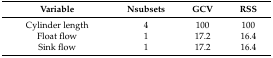
<table><thead><tr><td><b>Variable</b></td><td><b>Nsubsets</b></td><td><b>GCV</b></td><td><b>RSS</b></td></tr></thead><tbody><tr><td>Cylinder length</td><td>4</td><td>100</td><td>100</td></tr><tr><td>Float flow</td><td>1</td><td>17.2</td><td>16.4</td></tr><tr><td>Sink flow</td><td>1</td><td>17.2</td><td>16.4</td></tr></tbody></table>